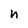
Character: n